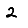
Digit: 2